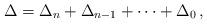
LaTeX: \begin{align*}\Delta=\Delta_{n}+\Delta_{n-1}+\dots+\Delta_{0}\,, \end{align*}